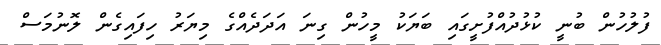
ފުލުހުން ބުނީ ކުޅުދުއްފުށީގައި ބަޔަކު މީހުން ގިނަ އަދަދެއްގެ މިޔަރު ހިފައިގެން ލޮނުމަސް